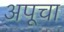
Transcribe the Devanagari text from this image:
अपूचा